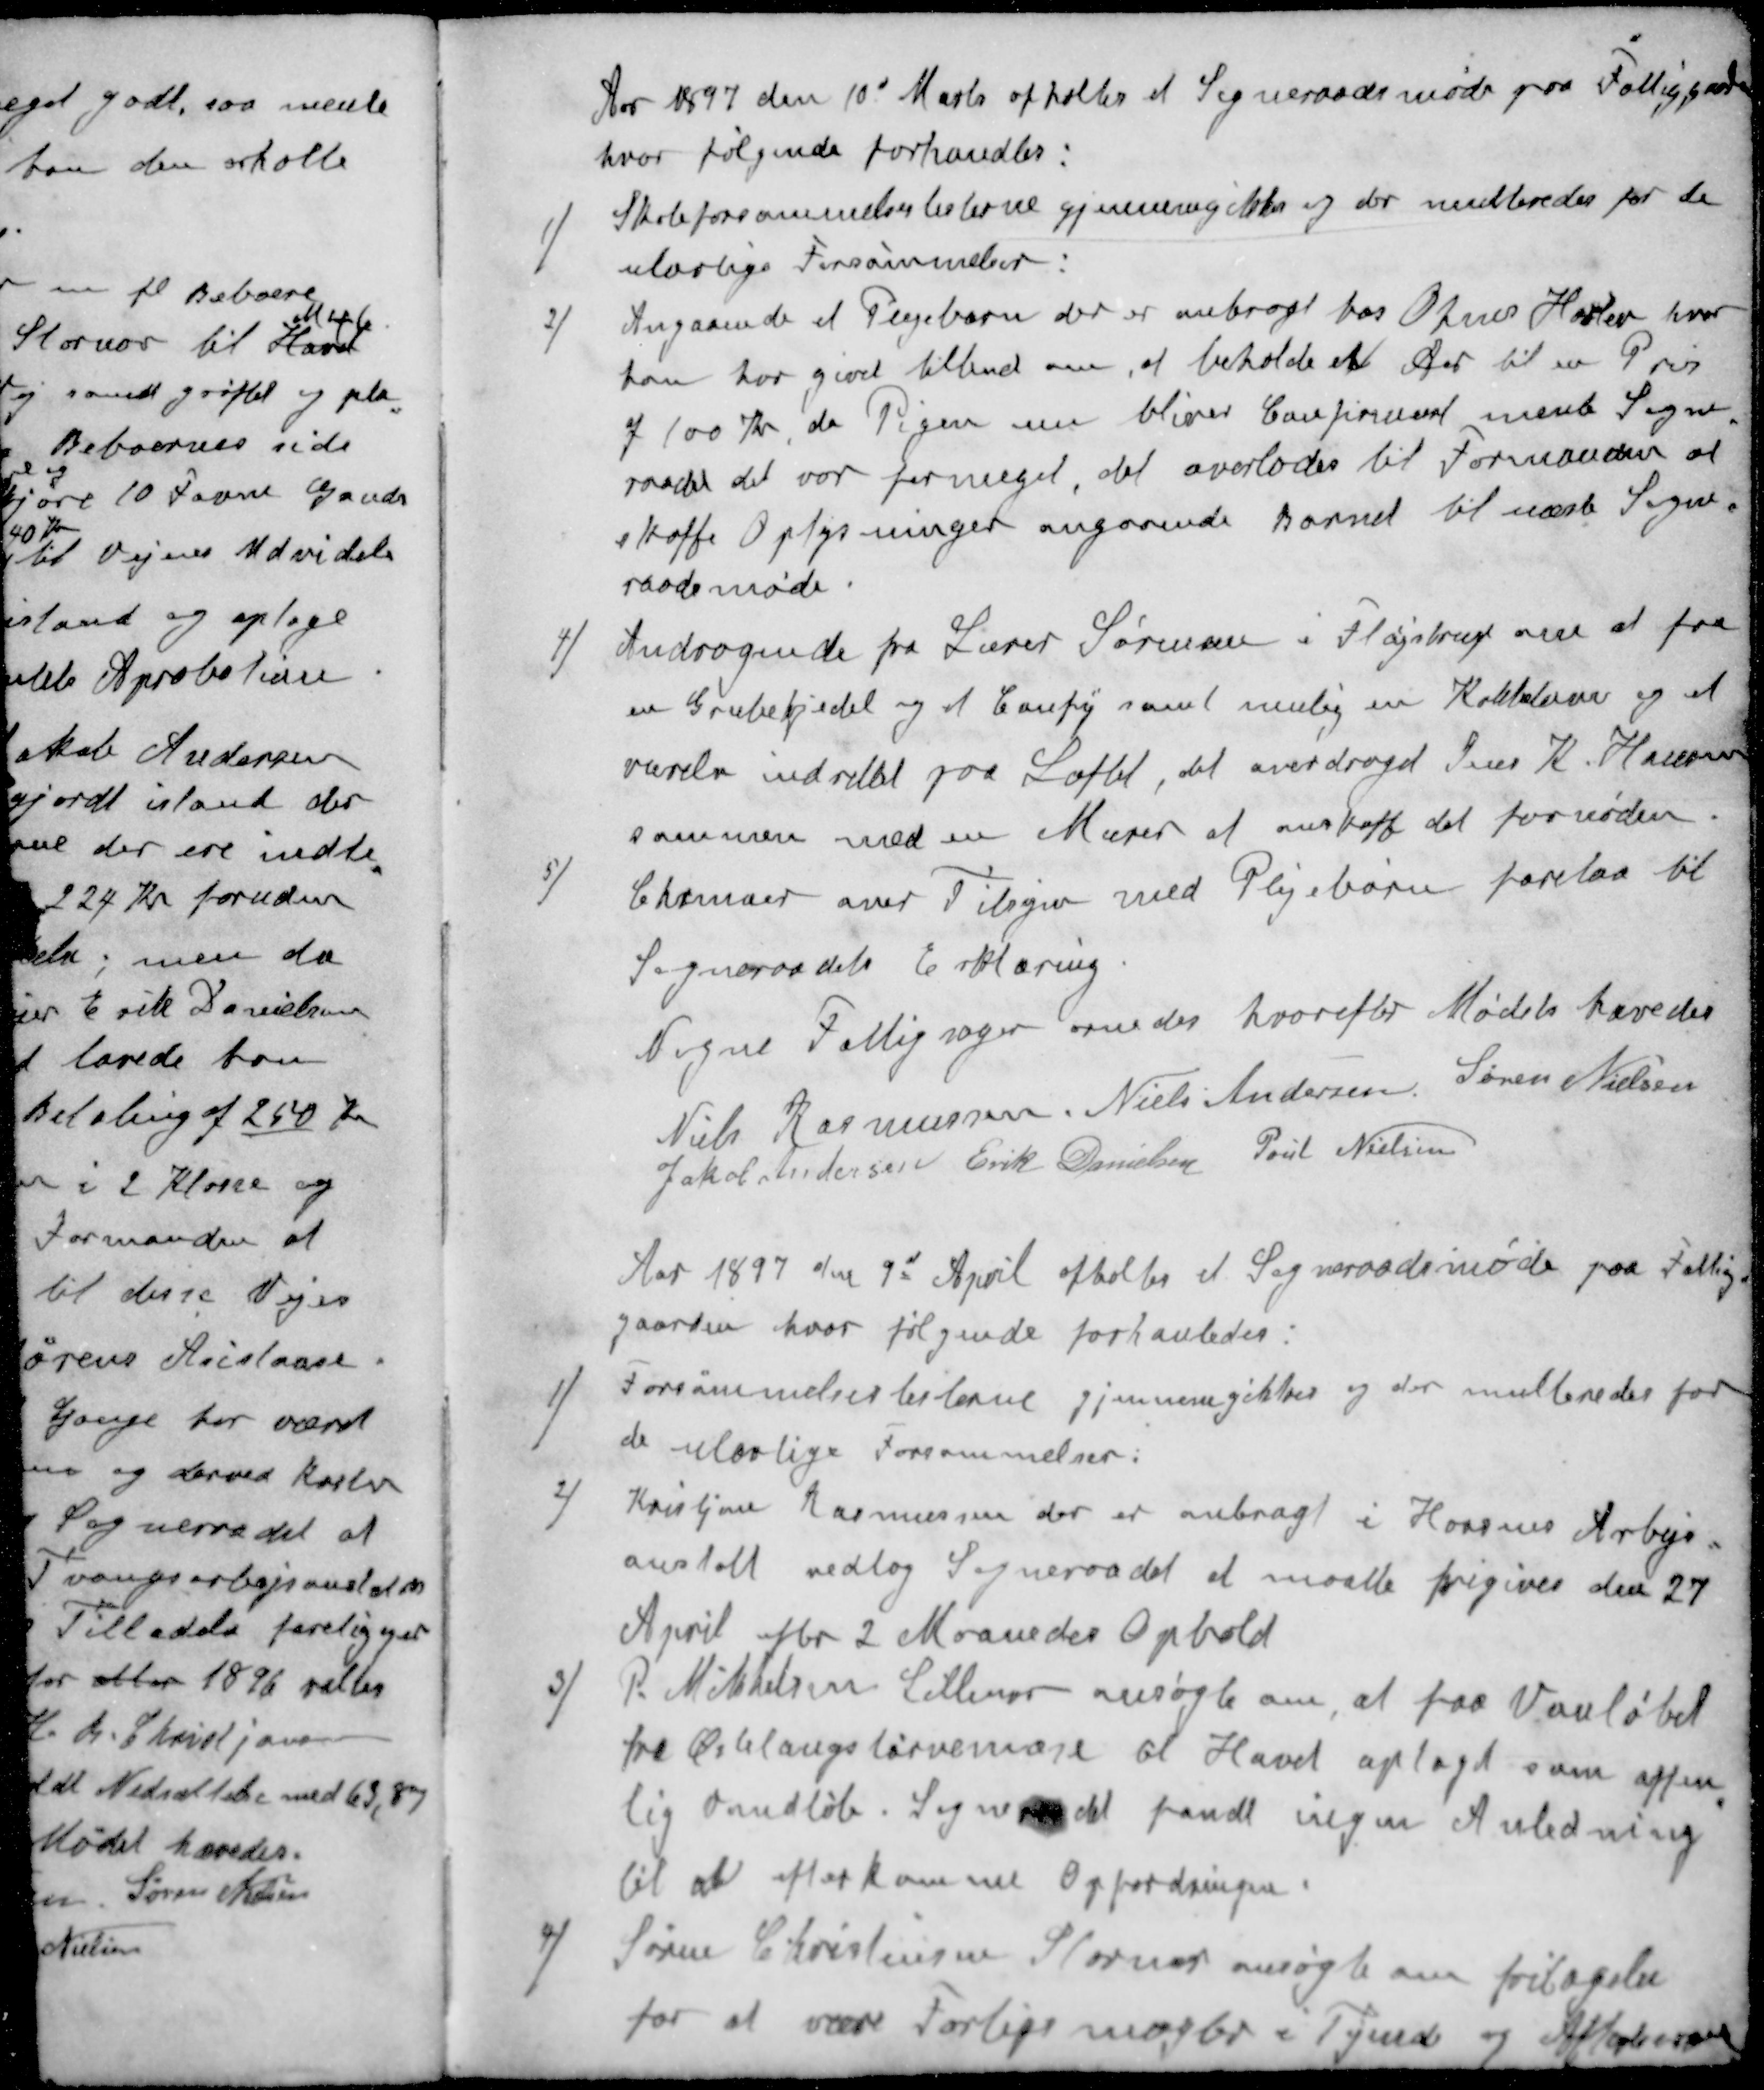
Transskription:
Aar 1897 den 10d Marts afholtes et Sogneraadsmøde paa Fattiggaarden
hvor følgende forhandles:
1 ) Skoleforsømmelseslisterne gjennemgikkes og der multeredes for de
ulovlige Forsømmelser.
2 ) Angaaende  et Plejebarn der er anbragt hos OJens Haslev, hvor
han har givet tilbud om, at beholde et Aar til en Pris
af 100 Kr, da Pigen nu bliver Confirmeret mente Sogne-
raadet det var formeget det overlodes til Formanden at
skaffe Oplysninger angaaende Barnet til næste Sogne-
raadsmøde.
4 ) Andragende fra Lærer Sørensen i Fløjstrup om at faa
en Grubekedel og et  samt mulig en Kakkelovn og et
værelse indrettet paa Loftet det overdroget Jens K. Hansen
sammen med en Murer at anskaffe det fornøden.
5 ) Chrmaer over Tilsyn med Plejebørn forelaa til
Sogneraadets Erklæring.
Nogne Fattigsager ornedes hvorefter Mødet hævedes
Niels Rasmussen,
Niels Andersen
Søren Nielsen
Jakob Andersen
Erik Danielsen
Poul Nielsen
Aar 1897 den 9d April afholtes et Sogneraadsmøde paa Fattig-
gaarden, hvor følgende forhanledes:
1 ) Forsømmelseslisterne gjennemgikkes og der multeredes for
de ulovlige Forsømmelser:
2 )Kristian Rasmussen der er anbragt i Horsens Arbejs-
anstalt vedtog Sogneraadet at maatte frigives den 27
April er 2 Maaneder Ophold
3 ) P. Mikkelsen Lillenor ansøgte om, at faa Vanløbet
fra Østlaugs tørvemose til Havet optaget som offen-
lig Vandløb. Sogneraadet fandt ingen Anledning
til at efterkomme Opfordringen
4 ) Søren Christensen Stornor ansøgte om fritagelse
for at være Forligsmægler i Tyende og Aftægtssager